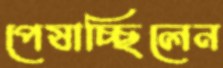
পেষাচ্ছিলেন